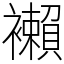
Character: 襰